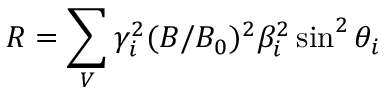
R = \sum _ { V } \gamma _ { i } ^ { 2 } ( B / B _ { 0 } ) ^ { 2 } \beta _ { i } ^ { 2 } \sin ^ { 2 } \theta _ { i }